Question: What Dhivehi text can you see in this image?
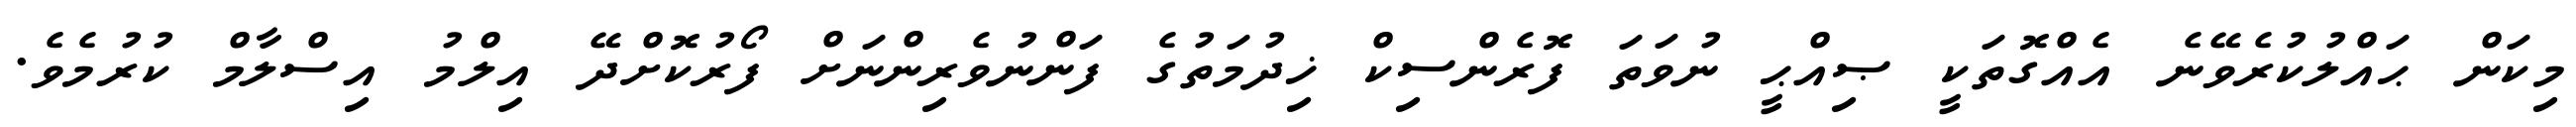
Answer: މިކަން ޙައްލުކުރެވޭނެ އެއްގޮތަކީ ޞިއްޙީ ނުވަތަ ފޮރެންސިކް ޚިދުމަތުގެ ފަންނުވެރިންނަށް ފޯރުކޮށްދޭ އިލްމު އިސްލާމް ކުރުމެވެ.